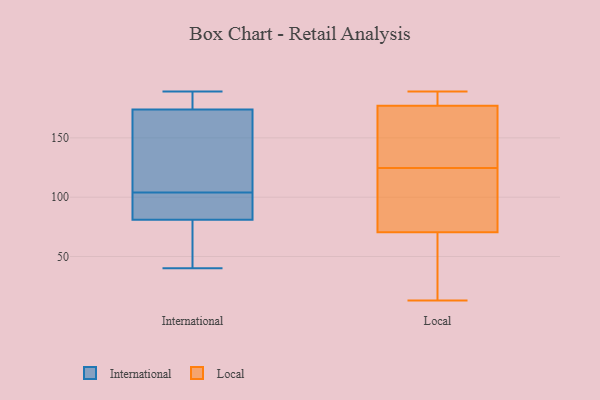
{"axis": {"x": "Active Users", "y": "Value"}, "legend": ["International", "Local"], "data": [{"x": "", "y": 40, "type": "International"}, {"x": "", "y": 95, "type": "International"}, {"x": "", "y": 93, "type": "International"}, {"x": "", "y": 75, "type": "International"}, {"x": "", "y": 180, "type": "International"}, {"x": "", "y": 110, "type": "International"}, {"x": "", "y": 75, "type": "International"}, {"x": "", "y": 174, "type": "International"}, {"x": "", "y": 189, "type": "International"}, {"x": "", "y": 81, "type": "International"}, {"x": "", "y": 188, "type": "International"}, {"x": "", "y": 98, "type": "International"}, {"x": "", "y": 157, "type": "International"}, {"x": "", "y": 131, "type": "International"}, {"x": "", "y": 187, "type": "Local"}, {"x": "", "y": 13, "type": "Local"}, {"x": "", "y": 141, "type": "Local"}, {"x": "", "y": 121, "type": "Local"}, {"x": "", "y": 181, "type": "Local"}, {"x": "", "y": 76, "type": "Local"}, {"x": "", "y": 96, "type": "Local"}, {"x": "", "y": 163, "type": "Local"}, {"x": "", "y": 89, "type": "Local"}, {"x": "", "y": 189, "type": "Local"}, {"x": "", "y": 185, "type": "Local"}, {"x": "", "y": 61, "type": "Local"}, {"x": "", "y": 31, "type": "Local"}, {"x": "", "y": 65, "type": "Local"}, {"x": "", "y": 173, "type": "Local"}, {"x": "", "y": 45, "type": "Local"}, {"x": "", "y": 154, "type": "Local"}, {"x": "", "y": 128, "type": "Local"}, {"x": "", "y": 78, "type": "Local"}, {"x": "", "y": 183, "type": "Local"}]}